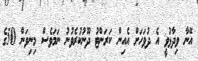
އޭނާ ވިދާޅުވީ އެ ދުވަހަށް އެއިން ކަރަންޓު ދޫނުކުރެވުނު ނަމަވެސް މިނިވަން 50ގެ